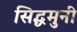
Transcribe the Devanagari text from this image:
सिद्धमुनी